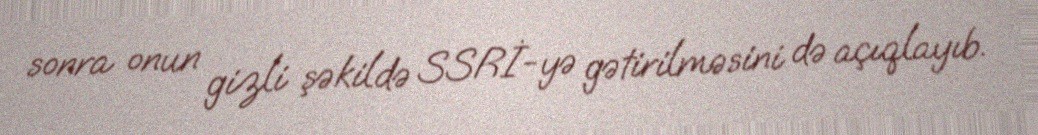
sonra onun gizli şəkildə SSRİ-yə gətirilməsini də açıqlayıb.